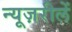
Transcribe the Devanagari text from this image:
न्यूज़रीलें